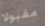
مقبولا